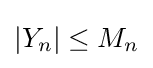
|Y_{n}|\leq M_{n}